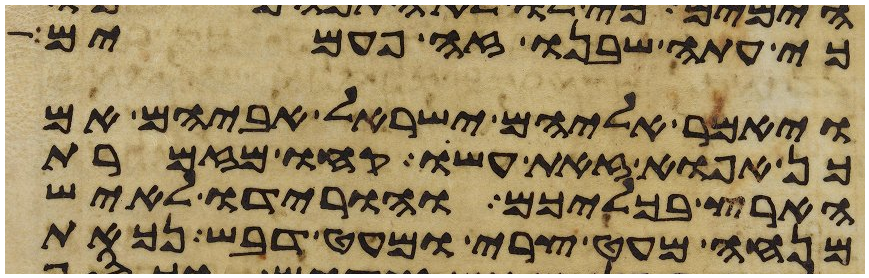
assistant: כי עתה שבנו זה פעמים
ויאמר אליהם ישראל אביהם אם
כן אפוא זאת עשו קחו מזמרת
הארץ בכליכם והורידו לאיש
מנחה מעט צרי ומעט דבש נכאת